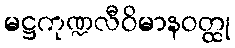
မဋ္ဌကုဏ္ဍလီဝိမာနဝတ္ထု